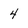
Character: 4